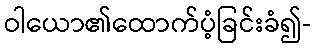
ဝါယော၏ထောက်ပံ့ခြင်းခံ၍-